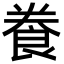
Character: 飬